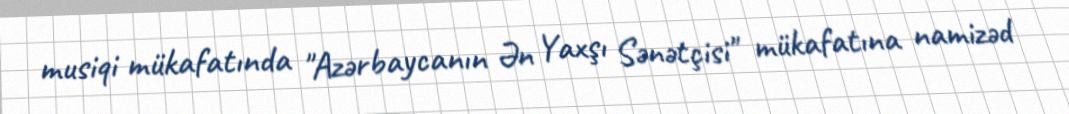
musiqi mükafatında "Azərbaycanın Ən Yaxşı Sənətçisi" mükafatına namizəd